Civil Veterinary Dept. Bombay admin report 1907-1913 - 1907-1913
Year: 1907
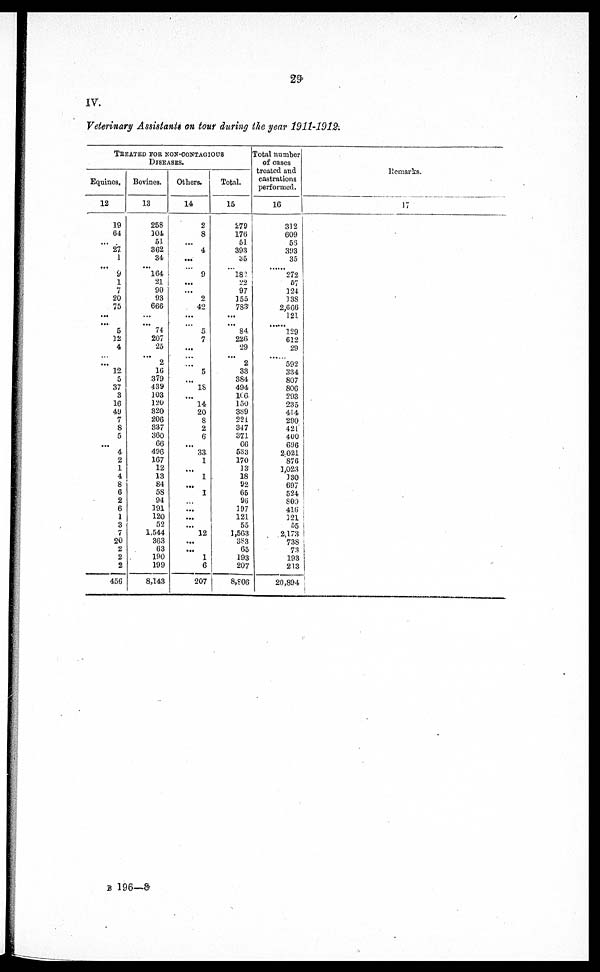
29
IV.
Veterinary Assistants on tour during the year 1911-1912.
TREATED FOR NON-CONTAGIOUS
DISEASES.
Equines.
12
19
64
...
27
1
9
1
7
20
75
...
...
5
12
4
... ...
12.
5
37
3
16
49
7
8
5
...
4
2
1
4
8
6
2
6
1
3
7
20
2
2
2
456
Bovines.
13
258
304
51
362
34
164
21
90
93
666
...
...
74
207
25
...
2
16
379
439
103
120
320
206
337
360
66
496
167
12
13
84
5S
94
191
120
52
1,544
363
63
190
199
8,143
Others.
14
2
8
...
4
...
9
...
...
2
42
...
...
5
7
...
… ...
5
…
18
...
14
20
8
2
6
...
33.
1
...
1
...
1
…
...
...
...
12
...
...
1
6
207
Total.
15
279
176
51.
393
35
182
22
97
155
783
...
... 84
226
29
...
2
33
384
494
106
150
389
221
347
371
66
533
170
13
18
92
65
96
197
121
55
1,563
383
65
193
207
8,806
Total number
of cases
treated and
castrations
performed.
16
312
609
55
393
35
272
57
124
138
2,666
121
......
129
612
29
...
592
334
807
806
293
235
414
290
421
400
61)6
2021
876
1,023
130
697
524
800
416
121
55
2,173
738
73
193
213
20,894
Remarks.
17
B 196—8